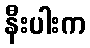
နီးပါးက